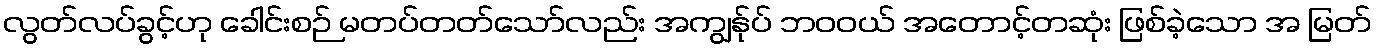
လွတ်လပ်ခွင့်ဟု ခေါင်းစဉ် မတပ်တတ်သော်လည်း အကျွန်ုပ် ဘဝဝယ် အတောင့်တဆုံး ဖြစ်ခဲ့သော အ မြတ်